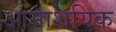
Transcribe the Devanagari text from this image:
आमाशयिक